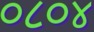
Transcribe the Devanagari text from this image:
०८०४